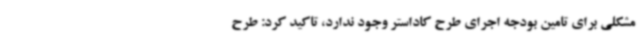
مشکلی برای تامین بودجه اجرای طرح کاداستر وجود ندارد، تاکید کرد: طرح